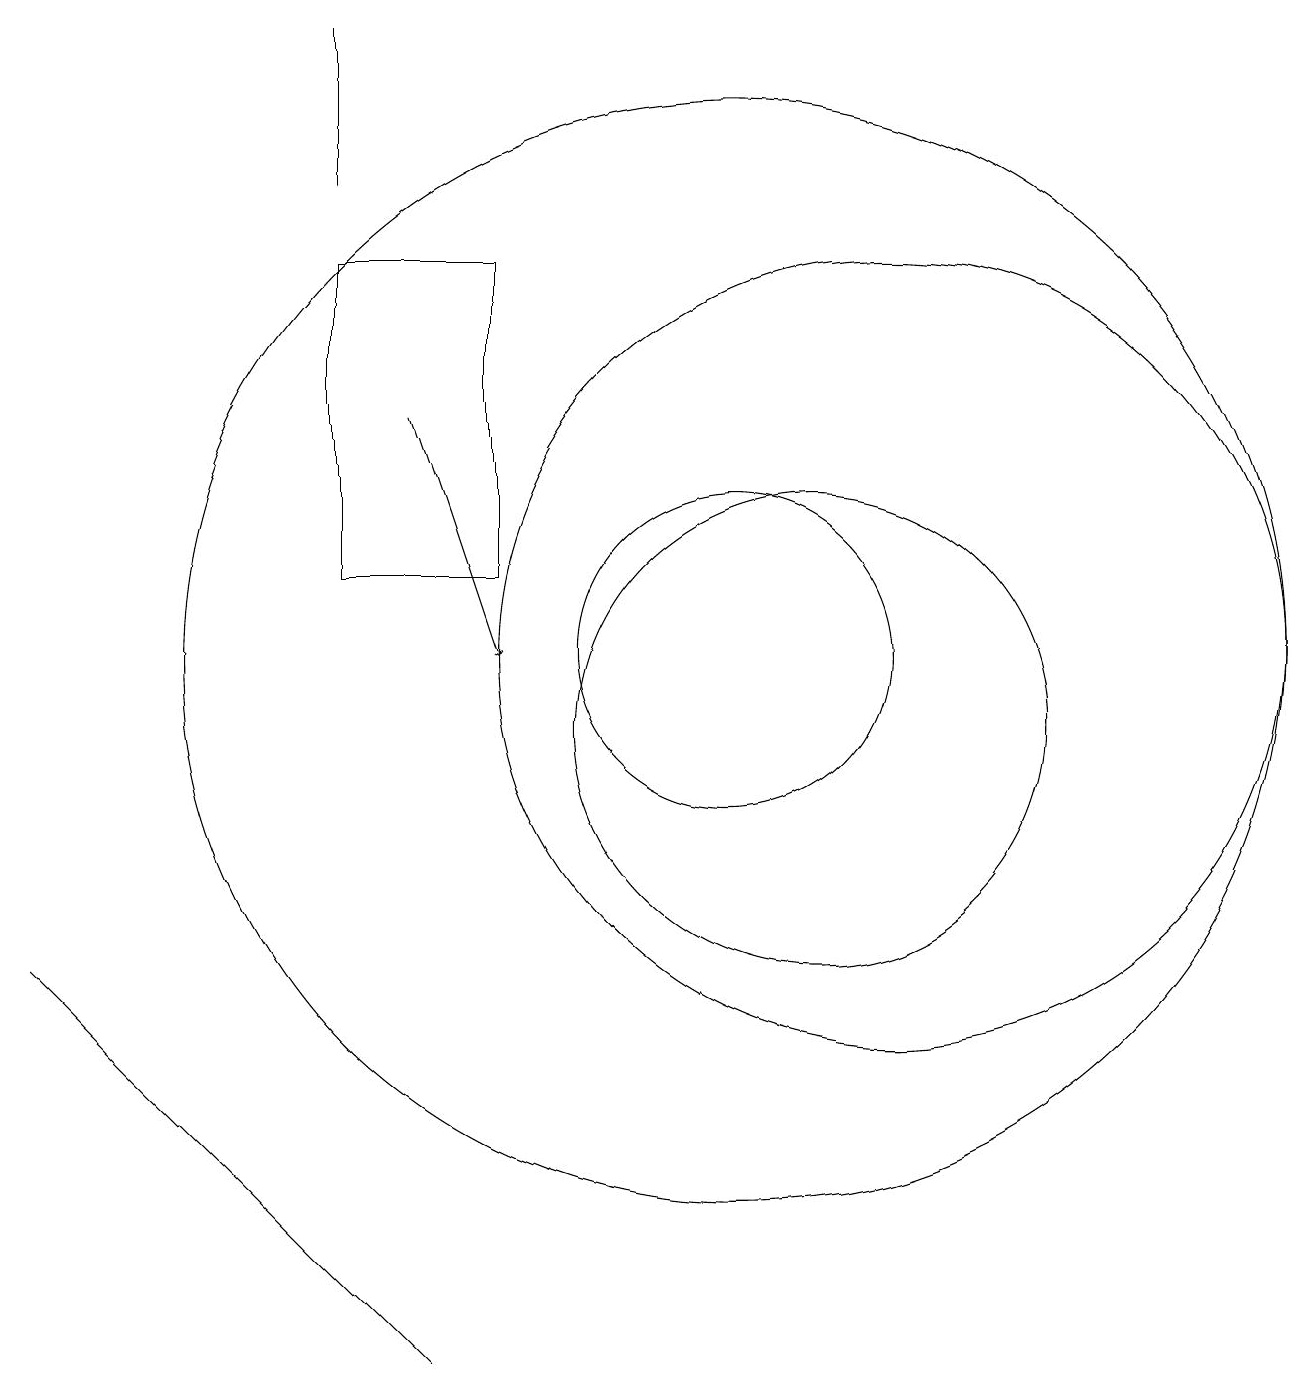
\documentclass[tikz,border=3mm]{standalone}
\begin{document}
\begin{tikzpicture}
\draw (11,10) circle (3);
\draw[->] (6,14) -- (7,11);
\draw (12,11) circle (5);
\draw (3,5) -- (1,7) -- (6,2) -- cycle;
\draw (10,11) circle (2);
\draw (5,19) rectangle (5,17);
\draw (5,12) rectangle (7,16);
\draw (10,11) circle (7);
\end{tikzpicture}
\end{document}